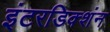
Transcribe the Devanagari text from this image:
इंटरडिक्शंन